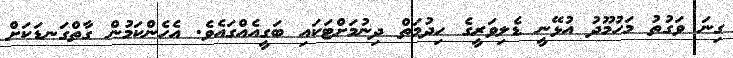
ގިނަ ވަގުތު މަހުމޫދު އުޅޭނީ ޑެލިވަރީގެ ހިދުމަތް ދިނުމަށްޓަކައި ބަގީއެއްގައެވެ. އެހެންކަމުން ގާތްގަނޑަކަށް